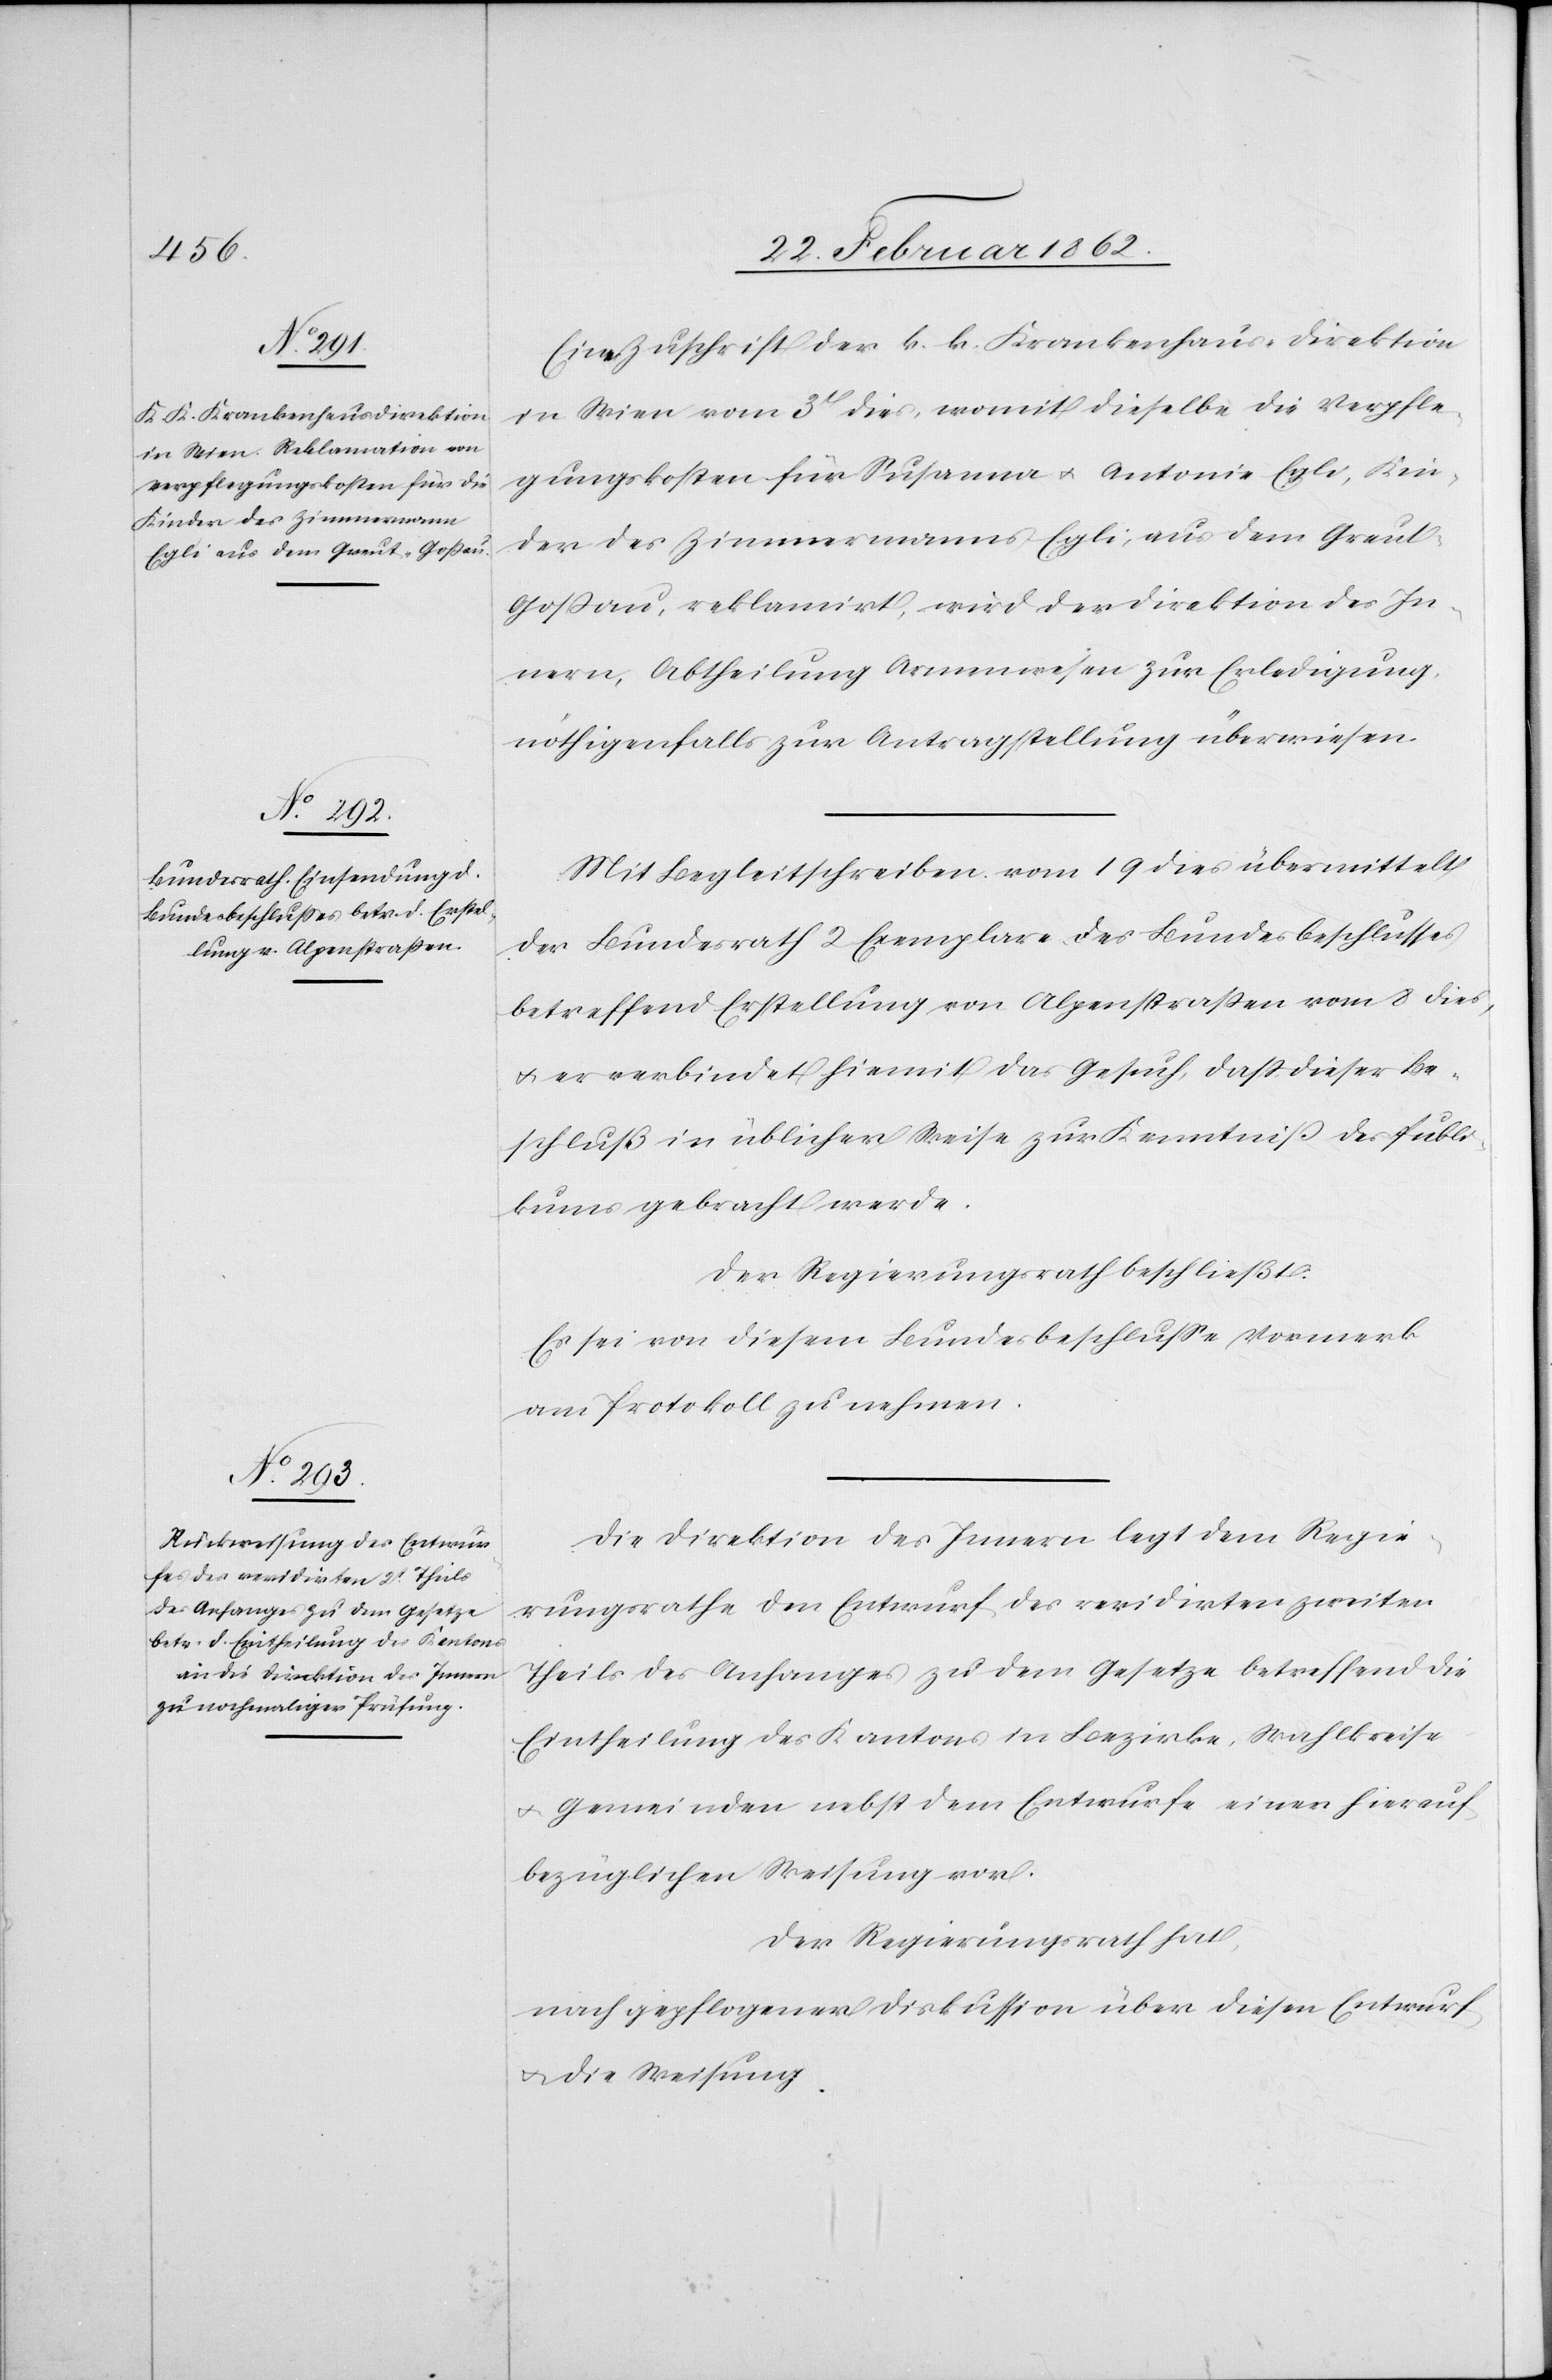
Eine Zuschrift der k. k. Krankenhaus-Direktion
in Wien vom 3t dies, womit dieselbe die Verpfle¬
gungskosten für Susanna u. Antonie Egli, Kin¬
der des Zimmermanns Egli, aus dem Greu¬
t-Goßau, reklamirt, wird der Direktion des In¬
nern, Abtheilung Armenwesen zur Erledigung,
nöthigenfalls zur Antragstellung überwiesen.
Mit Begleitschreiben vom 19 dies übermittelt
der Bundesrath 2 Exemplare des Bundesbeschlusses
betreffend Erstellung von Alpenstraßen vom 8 dies,
u. er verbindet hiemit das Gesuch, daß dieser Be¬
schluß in üblicher Weise zur Kenntniß des Publi¬
kums gebracht werde.
Der Regierungsrath beschließt:
Es sei von diesem Bundesbeschluße Vormerk
am Protokoll zu nehmen.
Die Direktion des Innern legt dem Regie¬
rungsrathe den Entwurf des revidirten zweiten
Theils des Anfanges zu dem Gesetze betreffend die
Eintheilung des Kantons in Bezirke, Wahlkreise
u. Gemeinden nebst dem Entwurfe einer hierauf
bezüglichen Weisung vor.
Der Regierungsrath hat,
nach gepflogener Diskussion über diesen Entwurf
u. die Weisung